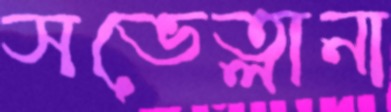
সভেত্লানা